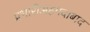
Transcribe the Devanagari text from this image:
प्रभारीअहमदाबाद